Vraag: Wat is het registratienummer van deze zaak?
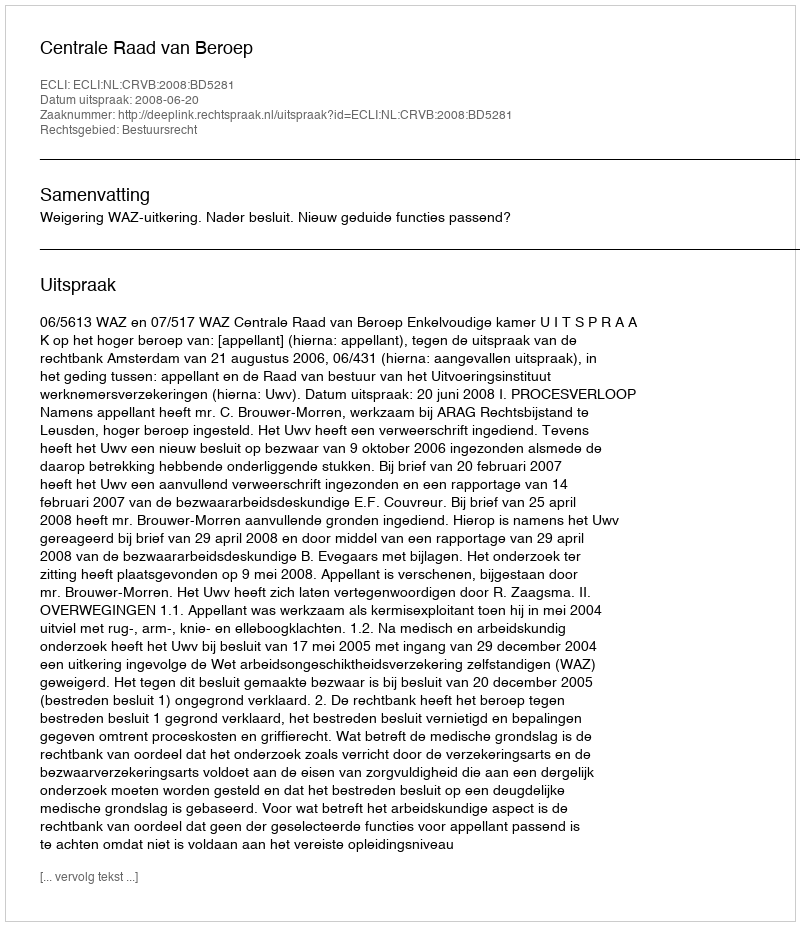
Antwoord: http://deeplink.rechtspraak.nl/uitspraak?id=ECLI:NL:CRVB:2008:BD5281